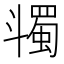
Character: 𣂌